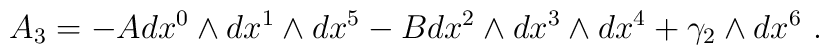
A_{3}=-Adx^{0}\wedge dx^{1}\wedge dx^{5}-Bdx^{2}\wedge dx^{3}\wedge dx^{4}+\gamma_{2}\wedge dx^{6}\ .